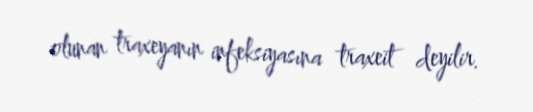
olunan traxeyanın infeksiyasına traxeit deyilir.